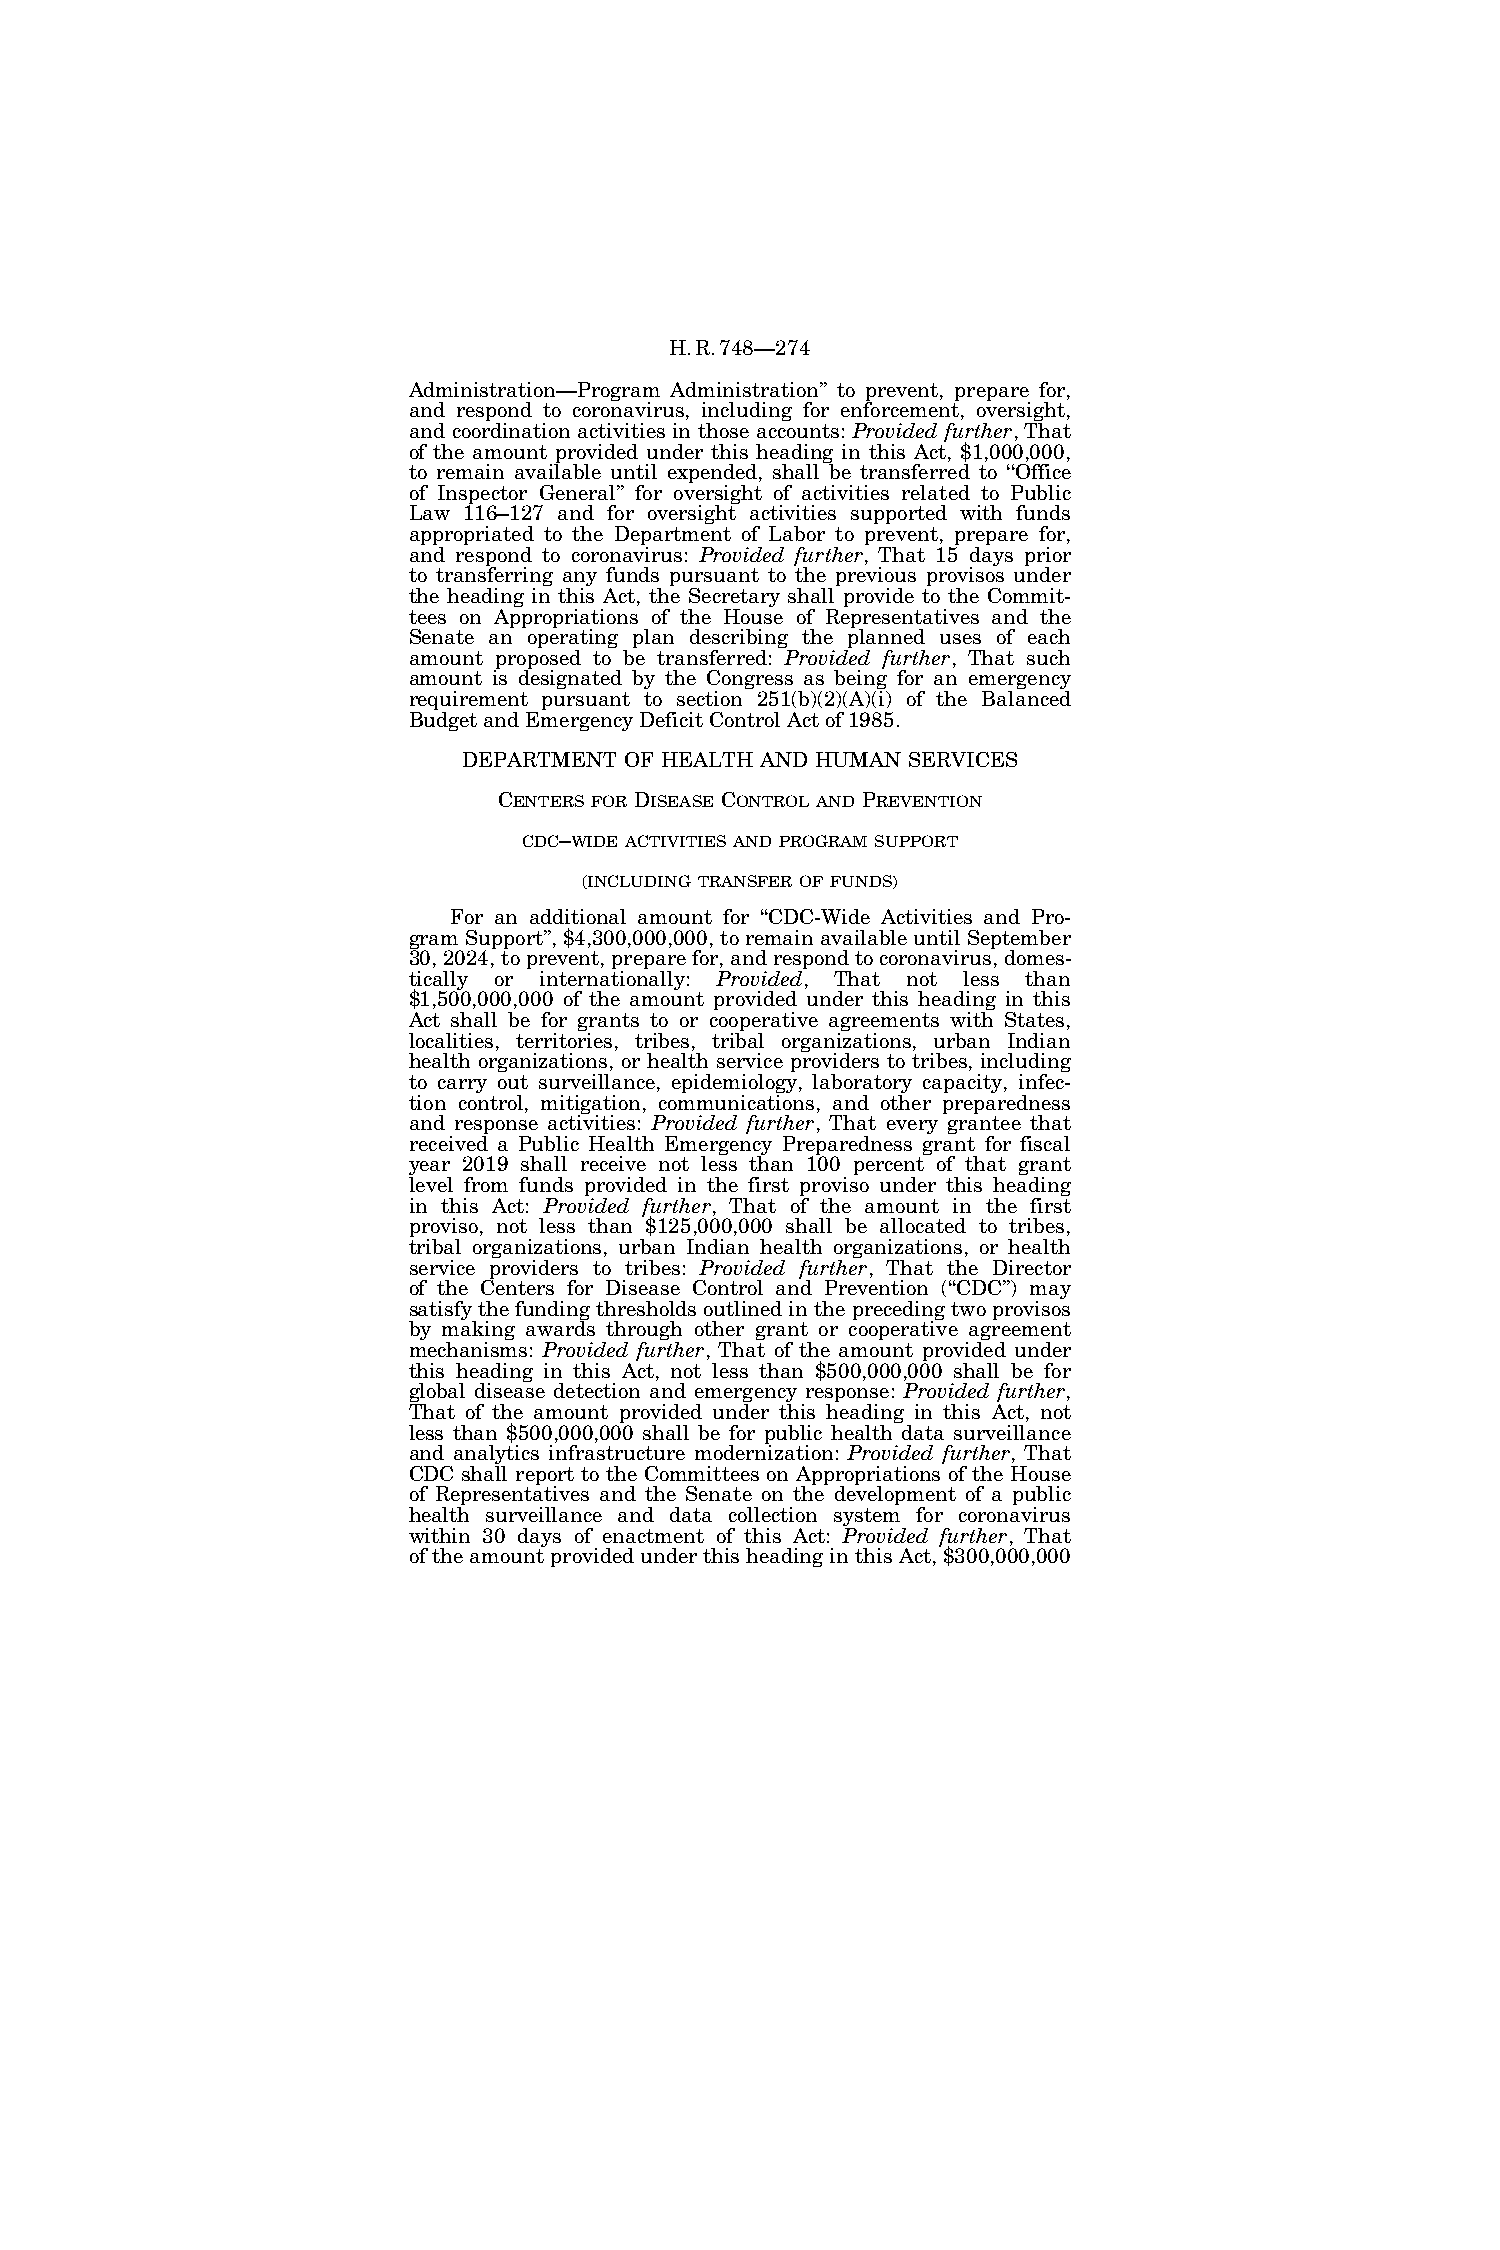
H.R.748—274
 Administration—Program Administration’’ to prevent, prepare for,
 and respond to coronavirus, including for enforcement, oversight,
 and coordination activities in those accounts: Provided further, That
 of the amount provided under this heading in this Act, $1,000,000,
 to remain available until expended, shall be transferred to ‘‘Office
 of Inspector General’’ for oversight of activities related to Public
 Law 116–127 and for oversight activities supported with funds
 appropriated to the Department of Labor to prevent, prepare for,
 and respond to coronavirus: Provided further, That 15 days prior
 to transferring any funds pursuant to the previous provisos under
 the heading in this Act, the Secretary shall provide to the Commit-
 tees on Appropriations of the House of Representatives and the
 Senate an operating plan describing the planned uses of each
 amount proposed to be transferred: Provided further, That such
 amount is designated by the Congress as being for an emergency
 requirement pursuant to section 251(b)(2)(A)(i) of the Balanced
 Budget and Emergency Deficit Control Act of 1985.
 DEPARTMENT OF HEALTH AND HUMAN SERVICES
 CENTERS FOR DISEASE CONTROL AND PREVENTION
 CDC–WIDE ACTIVITIES AND PROGRAM SUPPORT
 (INCLUDING TRANSFER OF FUNDS)
 For an additional amount for ‘‘CDC-Wide Activities and Pro-
 gram Support’’, $4,300,000,000, to remain available until September
 30, 2024, to prevent, prepare for, and respond to coronavirus, domes-
 tically or internationally: Provided, That not less than
 $1,500,000,000 of the amount provided under this heading in this
 Act shall be for grants to or cooperative agreements with States,
 localities, territories, tribes, tribal organizations, urban Indian
 health organizations, or health service providers to tribes, including
 to carry out surveillance, epidemiology, laboratory capacity, infec-
 tion control, mitigation, communications, and other preparedness
 and response activities: Provided further, That every grantee that
 received a Public Health Emergency Preparedness grant for fiscal
 year 2019 shall receive not less than 100 percent of that grant
 level from funds provided in the first proviso under this heading
 in this Act: Provided further, That of the amount in the first
 proviso, not less than $125,000,000 shall be allocated to tribes,
 tribal organizations, urban Indian health organizations, or health
 service providers to tribes: Provided further, That the Director
 of the Centers for Disease Control and Prevention (‘‘CDC’’) may
 satisfy the funding thresholds outlined in the preceding two provisos
 by making awards through other grant or cooperative agreement
 mechanisms: Provided further, That of the amount provided under
 this heading in this Act, not less than $500,000,000 shall be for
 global disease detection and emergency response: Provided further,
 That of the amount provided under this heading in this Act, not
 less than $500,000,000 shall be for public health data surveillance
 and analytics infrastructure modernization: Provided further, That
 CDC shall report to the Committees on Appropriations of the House
 of Representatives and the Senate on the development of a public
 health surveillance and data collection system for coronavirus
 within 30 days of enactment of this Act: Provided further, That
 of the amount provided under this heading in this Act, $300,000,000